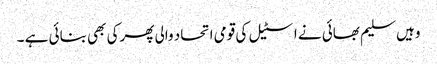
وہیں سلیم بھائی نے اسٹیل کی قومی اتحاد والی پھرکی بھی بنائی ہے ۔